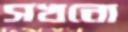
সখনো